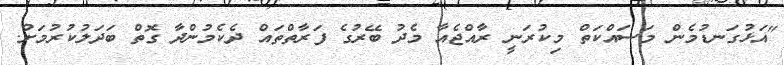
"އަޅުގަނޑުމެން މަސައްކަތް މިކުރަނީ ރާއްޖެއާ މެދު ބޭރުގެ ފަރާތްތައް ދެކެމުންދާ ގޮތް ބަދަލުކުރުމަށް.